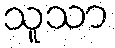
သူသာ